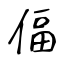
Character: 偪